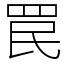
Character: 罠